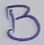
Text: B